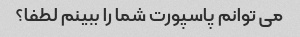
می توانم پاسپورت شما را ببینم لطفا؟